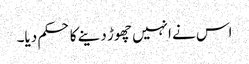
اس نے انہیں چھوڑ دینے کا حکم دیا۔